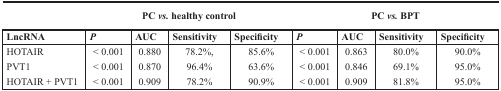
<table><thead><tr><td colspan="2"></td><td colspan="2"><b>PC <i>vs.</i> healthy control</b></td><td colspan="5"><b>PC <i>vs.</i> BPT</b></td></tr></thead><tbody><tr><td><b>LncRNA</b></td><td><i><b>P</b></i></td><td><b>AUC</b></td><td><b>Sensitivity</b></td><td><b>Specificity</b></td><td><i><b>P</b></i></td><td><b>AUC</b></td><td><b>Sensitivity</b></td><td><b>Specificity</b></td></tr><tr><td>HOTAIR</td><td>&lt; 0.001</td><td>0.880</td><td>78.2%,</td><td>85.6%</td><td>&lt; 0.001</td><td>0.863</td><td>80.0%</td><td>90.0%</td></tr><tr><td>PVT1</td><td>&lt; 0.001</td><td>0.870</td><td>96.4%</td><td>63.6%</td><td>&lt; 0.001</td><td>0.846</td><td>69.1%</td><td>95.0%</td></tr><tr><td>HOTAIR + PVT1</td><td>&lt; 0.001</td><td>0.909</td><td>78.2%</td><td>90.9%</td><td>&lt; 0.001</td><td>0.909</td><td>81.8%</td><td>95.0%</td></tr></tbody></table>